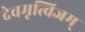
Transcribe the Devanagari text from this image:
देवमृत्विजम्